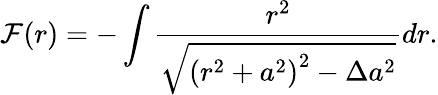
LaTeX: {\cal F}(r)=-\int\frac{r^{2}}{\sqrt{\left(r^{2}+a^{2}\right)^{2}-\Delta a^{2}}}dr.